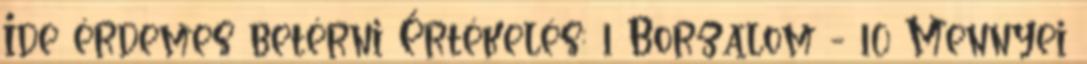
Ide érdemes betérni Értékelés: 1 Borzalom - 10 Mennyei